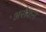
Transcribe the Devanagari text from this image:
अरौकन